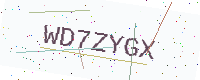
Text: WD7ZYGX